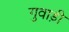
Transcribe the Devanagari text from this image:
गुवाड़ी